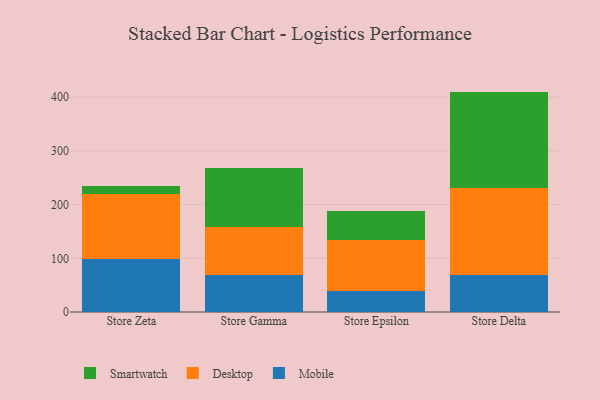
{"axis": {"x": "Store", "y": "Active Users"}, "legend": ["Desktop", "Mobile", "Smartwatch"], "data": [{"x": "Store Zeta", "y": 99.0, "type": "Mobile"}, {"x": "Store Zeta", "y": 120.4, "type": "Desktop"}, {"x": "Store Zeta", "y": 14.6, "type": "Smartwatch"}, {"x": "Store Gamma", "y": 68.3, "type": "Mobile"}, {"x": "Store Gamma", "y": 90.9, "type": "Desktop"}, {"x": "Store Gamma", "y": 108.8, "type": "Smartwatch"}, {"x": "Store Epsilon", "y": 38.8, "type": "Mobile"}, {"x": "Store Epsilon", "y": 95.9, "type": "Desktop"}, {"x": "Store Epsilon", "y": 53.6, "type": "Smartwatch"}, {"x": "Store Delta", "y": 69.1, "type": "Mobile"}, {"x": "Store Delta", "y": 162.6, "type": "Desktop"}, {"x": "Store Delta", "y": 178.7, "type": "Smartwatch"}]}